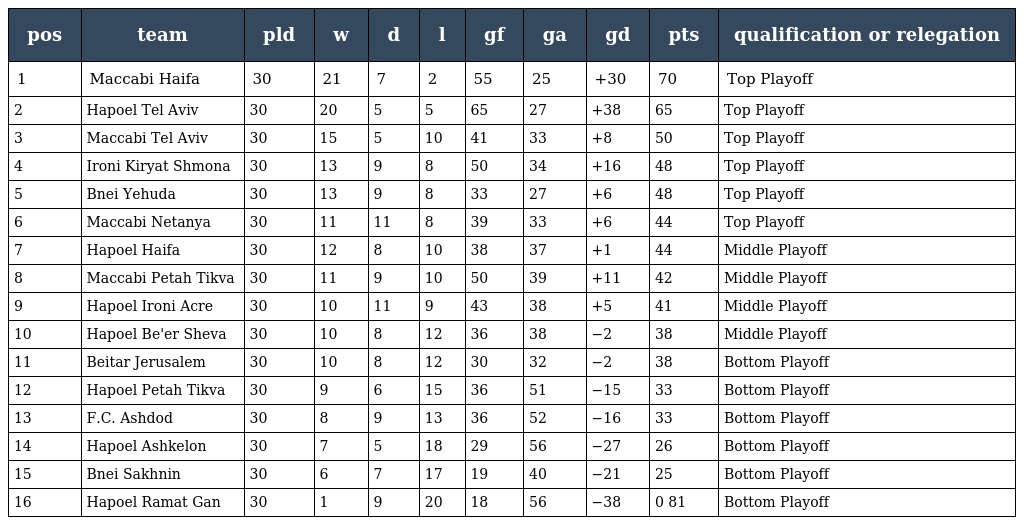
| pos | team | pld | w | d | l | gf | ga | gd | pts | qualification or relegation |
 | --- | --- | --- | --- | --- | --- | --- | --- | --- | --- | --- |
 | 1 | Maccabi Haifa | 30 | 21 | 7 | 2 | 55 | 25 | +30 | 70 | Top Playoff |
 | 2 | Hapoel Tel Aviv | 30 | 20 | 5 | 5 | 65 | 27 | +38 | 65 | Top Playoff |
 | 3 | Maccabi Tel Aviv | 30 | 15 | 5 | 10 | 41 | 33 | +8 | 50 | Top Playoff |
 | 4 | Ironi Kiryat Shmona | 30 | 13 | 9 | 8 | 50 | 34 | +16 | 48 | Top Playoff |
 | 5 | Bnei Yehuda | 30 | 13 | 9 | 8 | 33 | 27 | +6 | 48 | Top Playoff |
 | 6 | Maccabi Netanya | 30 | 11 | 11 | 8 | 39 | 33 | +6 | 44 | Top Playoff |
 | 7 | Hapoel Haifa | 30 | 12 | 8 | 10 | 38 | 37 | +1 | 44 | Middle Playoff |
 | 8 | Maccabi Petah Tikva | 30 | 11 | 9 | 10 | 50 | 39 | +11 | 42 | Middle Playoff |
 | 9 | Hapoel Ironi Acre | 30 | 10 | 11 | 9 | 43 | 38 | +5 | 41 | Middle Playoff |
 | 10 | Hapoel Be'er Sheva | 30 | 10 | 8 | 12 | 36 | 38 | −2 | 38 | Middle Playoff |
 | 11 | Beitar Jerusalem | 30 | 10 | 8 | 12 | 30 | 32 | −2 | 38 | Bottom Playoff |
 | 12 | Hapoel Petah Tikva | 30 | 9 | 6 | 15 | 36 | 51 | −15 | 33 | Bottom Playoff |
 | 13 | F.C. Ashdod | 30 | 8 | 9 | 13 | 36 | 52 | −16 | 33 | Bottom Playoff |
 | 14 | Hapoel Ashkelon | 30 | 7 | 5 | 18 | 29 | 56 | −27 | 26 | Bottom Playoff |
 | 15 | Bnei Sakhnin | 30 | 6 | 7 | 17 | 19 | 40 | −21 | 25 | Bottom Playoff |
 | 16 | Hapoel Ramat Gan | 30 | 1 | 9 | 20 | 18 | 56 | −38 | 0 81 | Bottom Playoff |